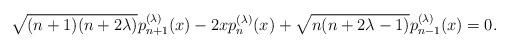
LaTeX: \begin{align*}\sqrt{(n+1)(n+2\lambda)}p^{(\lambda)}_{n+1}(x) - 2xp^{(\lambda)}_{n}(x) + \sqrt{n(n+2\lambda - 1)}p^{(\lambda)}_{n-1}(x)=0.\end{align*}